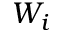
W _ { i }